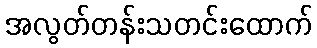
အလွတ်တန်းသတင်းထောက်